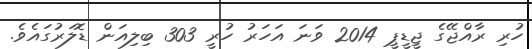
ހުރި ރާއްޖޭގެ ޖީޑީޕީ 2014 ވަނަ އަހަރު ހުރީ 303 ބިލިއަން ޑޮލަރުގައެވެ.